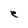
Character: e